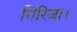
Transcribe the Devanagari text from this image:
गिरिजा।